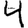
Digit: 4